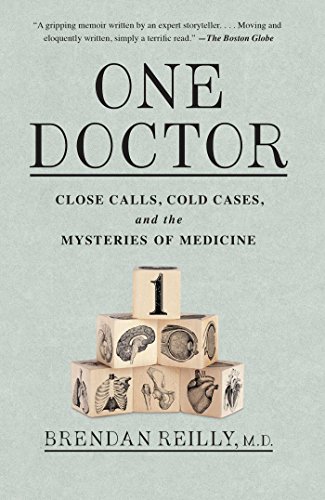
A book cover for One Doctor: Close Calls, Cold Cases, and the Mysteries of Medicine; Brendan Reilly M.D.; Medical Books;